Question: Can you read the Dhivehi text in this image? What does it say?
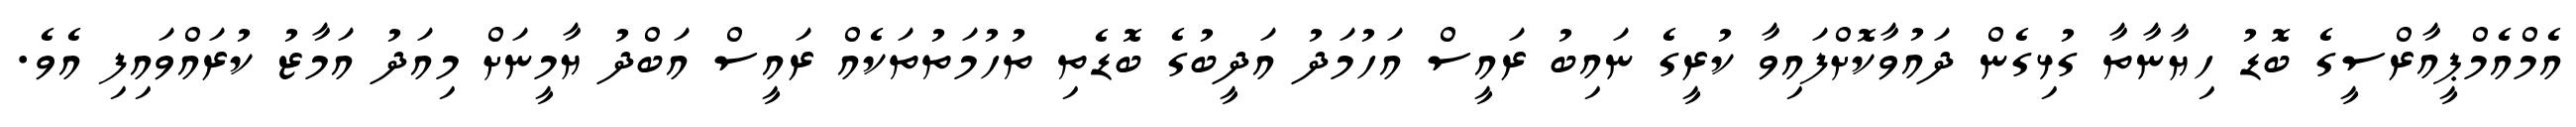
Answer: އެމްއެމްޕީއާރްސީގެ ބޮޑު ހިޔާނާތާ ގުޅިގެން ދައުވާކޮށްފައިވާ ކުރީގެ ނައިބު ރައީސް އަހުމަދު އަދީބުގެ ބޮޑެތި ތުހުމަތުތަކެއް ރައީސް އަބްދު ޔާމީނަށް މިއަދު އަމާޒު ކުރައްވައިފި އެވެ.